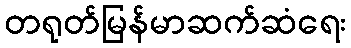
တရုတ်မြန်မာဆက်ဆံရေး